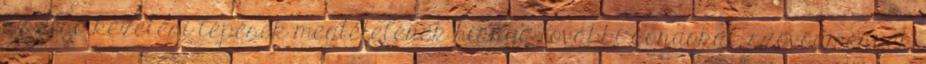
az első kezelési lépések megtételének hiánya további gondokat, szövődmények